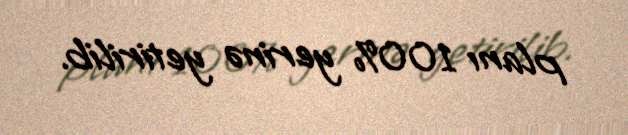
planı 100% yerinə yetirilib.